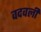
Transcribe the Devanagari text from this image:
वदवली